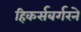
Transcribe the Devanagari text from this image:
हिकर्सबर्गरने